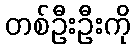
တစ်ဦးဦးကို